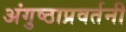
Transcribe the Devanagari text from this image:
अंगुष्ठाप्रवर्तनी